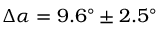
\Delta \alpha = 9 . 6 ^ { \circ } \pm 2 . 5 ^ { \circ }